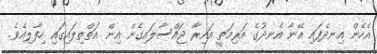
އެހެން އިނދެފައި އޭނާ އެނދުގެ އަރިމަތީ އައިރާ ޖައްސާލައިގެން އިން އަތްތިލައިގައި ހިފާލިއެވެ.